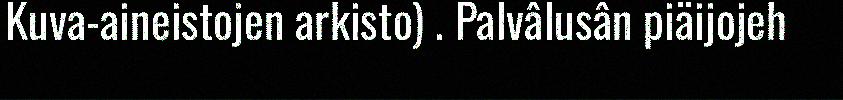
Kuva-aineistojen arkisto) . Palvâlusân piäijojeh